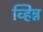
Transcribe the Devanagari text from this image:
व्हिन्न